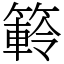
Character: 䉖